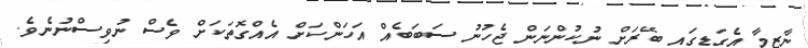
ނާޒިމާ އެގަޑީގައި ބޭރަށް ނުކުންނަން ޖެހުނު ސަބަބެއް އަހަންކަށް އެއްގޮތަކަށް ވެސް ނުވިސްނުނެވެ.